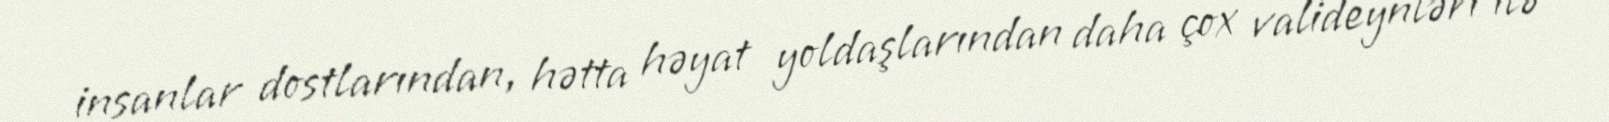
insanlar dostlarından, hətta həyat yoldaşlarından daha çox valideynləri ilə